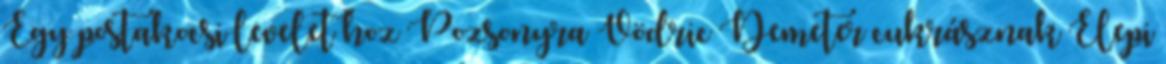
Egy postakocsi levelet hoz Pozsonyra Vödric Demeter cukrásznak Elepi